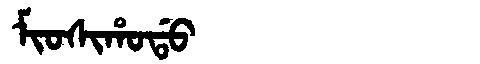
Manchu: ᠮᡳᠣᠰᡳᡥᠣᡩᠣ
Romanization: MIOSIHODO